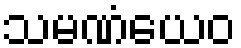
သမဏံယေဝ